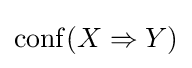
\mathrm {conf} (X\Rightarrow Y)